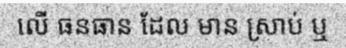
លើ ធនធាន ដែល មាន ស្រាប់ ឬ